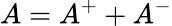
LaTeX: A=A^{+}+A^{-}